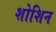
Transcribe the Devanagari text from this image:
शोशिन